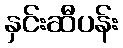
နှင်းဆီပန်း